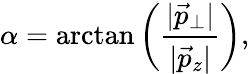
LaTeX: \alpha=\arctan\left(\frac{|\vec{p}_{\perp}|}{|\vec{p}_{z}|}\right),